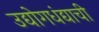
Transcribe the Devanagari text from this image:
उद्योगधंद्याची